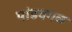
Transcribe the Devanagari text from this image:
पांडवगळ